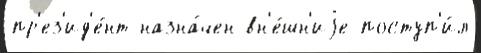
пр'ез'ид'е́нт назна́чен вн'е́шн'иjе поступ'и́л